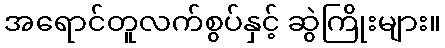
အရောင်တူလက်စွပ်နှင့် ဆွဲကြိုးများ။